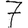
Digit: 7